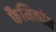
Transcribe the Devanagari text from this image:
फैमिकॉम